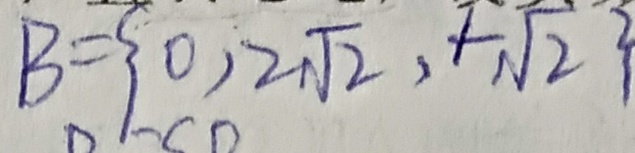
B = \{ 0 , 2 \sqrt { 2 } , + \sqrt { 2 } \}